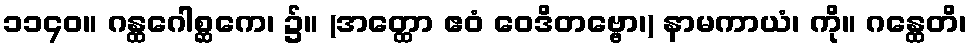
၁၁၄၀။ ဂန္ထဂေါစ္ဆကေ၊ ၌။ (အတ္ထော ဧဝံ ဝေဒိတဗ္ဗော၊) နာမကာယံ၊ ကို။ ဂန္ထေတိ၊